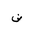
Letter: _dad